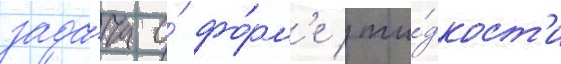
зада́ча о́ фо́рм'е жи́дкост'и